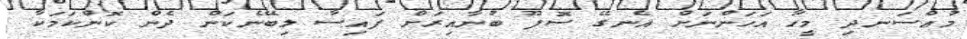
މުއްސަނދި މީހާ އަހަންނަށް އެނގޭ ސޮފޫ ބުނާއިރަށް ފައިސާ ލިބޭނެކަން ދެން ކޮންކަމަކާ